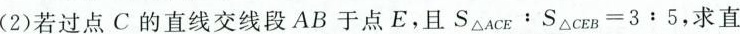
(2)若过点C的直线交线段AB于点E，且$$S △ A c E ： S △ c E = 3 : 5$$，求直